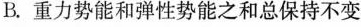
B.重力势能和弹性势能之和总保持不变